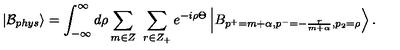
\left| \mathcal { B } _ { p h y s } \right\rangle = \int _ { - \infty } ^ { \infty } d \rho \sum _ { m \in Z } \ \sum _ { r \in Z _ { + } } e ^ { - i \rho \Theta } \left| B _ { p ^ { + } = m + \alpha , p ^ { - } = - \frac { r } { m + \alpha } , p _ { 2 } = \rho } \right\rangle .